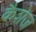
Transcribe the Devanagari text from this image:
कैशेज